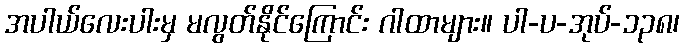
အပါယ်လေးပါးမှ မလွတ်နိုင်ကြောင်း ဂါထာများ။ ပါ-ပ-အုပ်-၁၃၈၊